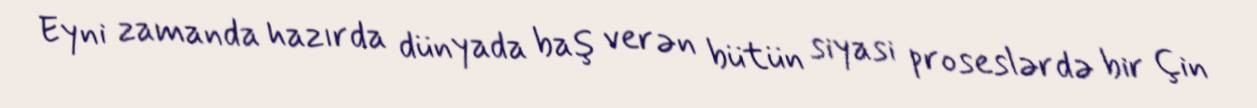
Eyni zamanda hazırda dünyada baş verən bütün siyasi proseslərdə bir Çin